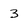
Character: 3